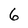
Character: 6